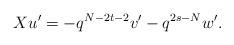
LaTeX: \begin{align*}Xu' = -q^{N-2t-2}v' - q^{2s-N}w'.\end{align*}